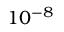
1 0 ^ { - 8 }